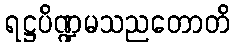
ရဋ္ဌပိဏ္ဍမသညတောတိ